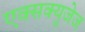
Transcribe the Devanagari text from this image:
एक्सक्यूजेज